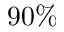
9 0 \%